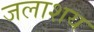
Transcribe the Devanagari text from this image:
जलाश्‍ाय